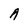
Character: A